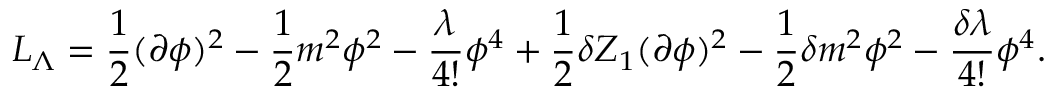
{ \cal { L } } _ { \Lambda } = \frac { 1 } { 2 } ( \partial \phi ) ^ { 2 } - \frac { 1 } { 2 } m ^ { 2 } \phi ^ { 2 } - \frac { \lambda } { 4 ! } \phi ^ { 4 } + \frac { 1 } { 2 } \delta Z _ { 1 } ( \partial \phi ) ^ { 2 } - \frac { 1 } { 2 } \delta m ^ { 2 } \phi ^ { 2 } - \frac { \delta \lambda } { 4 ! } \phi ^ { 4 } .